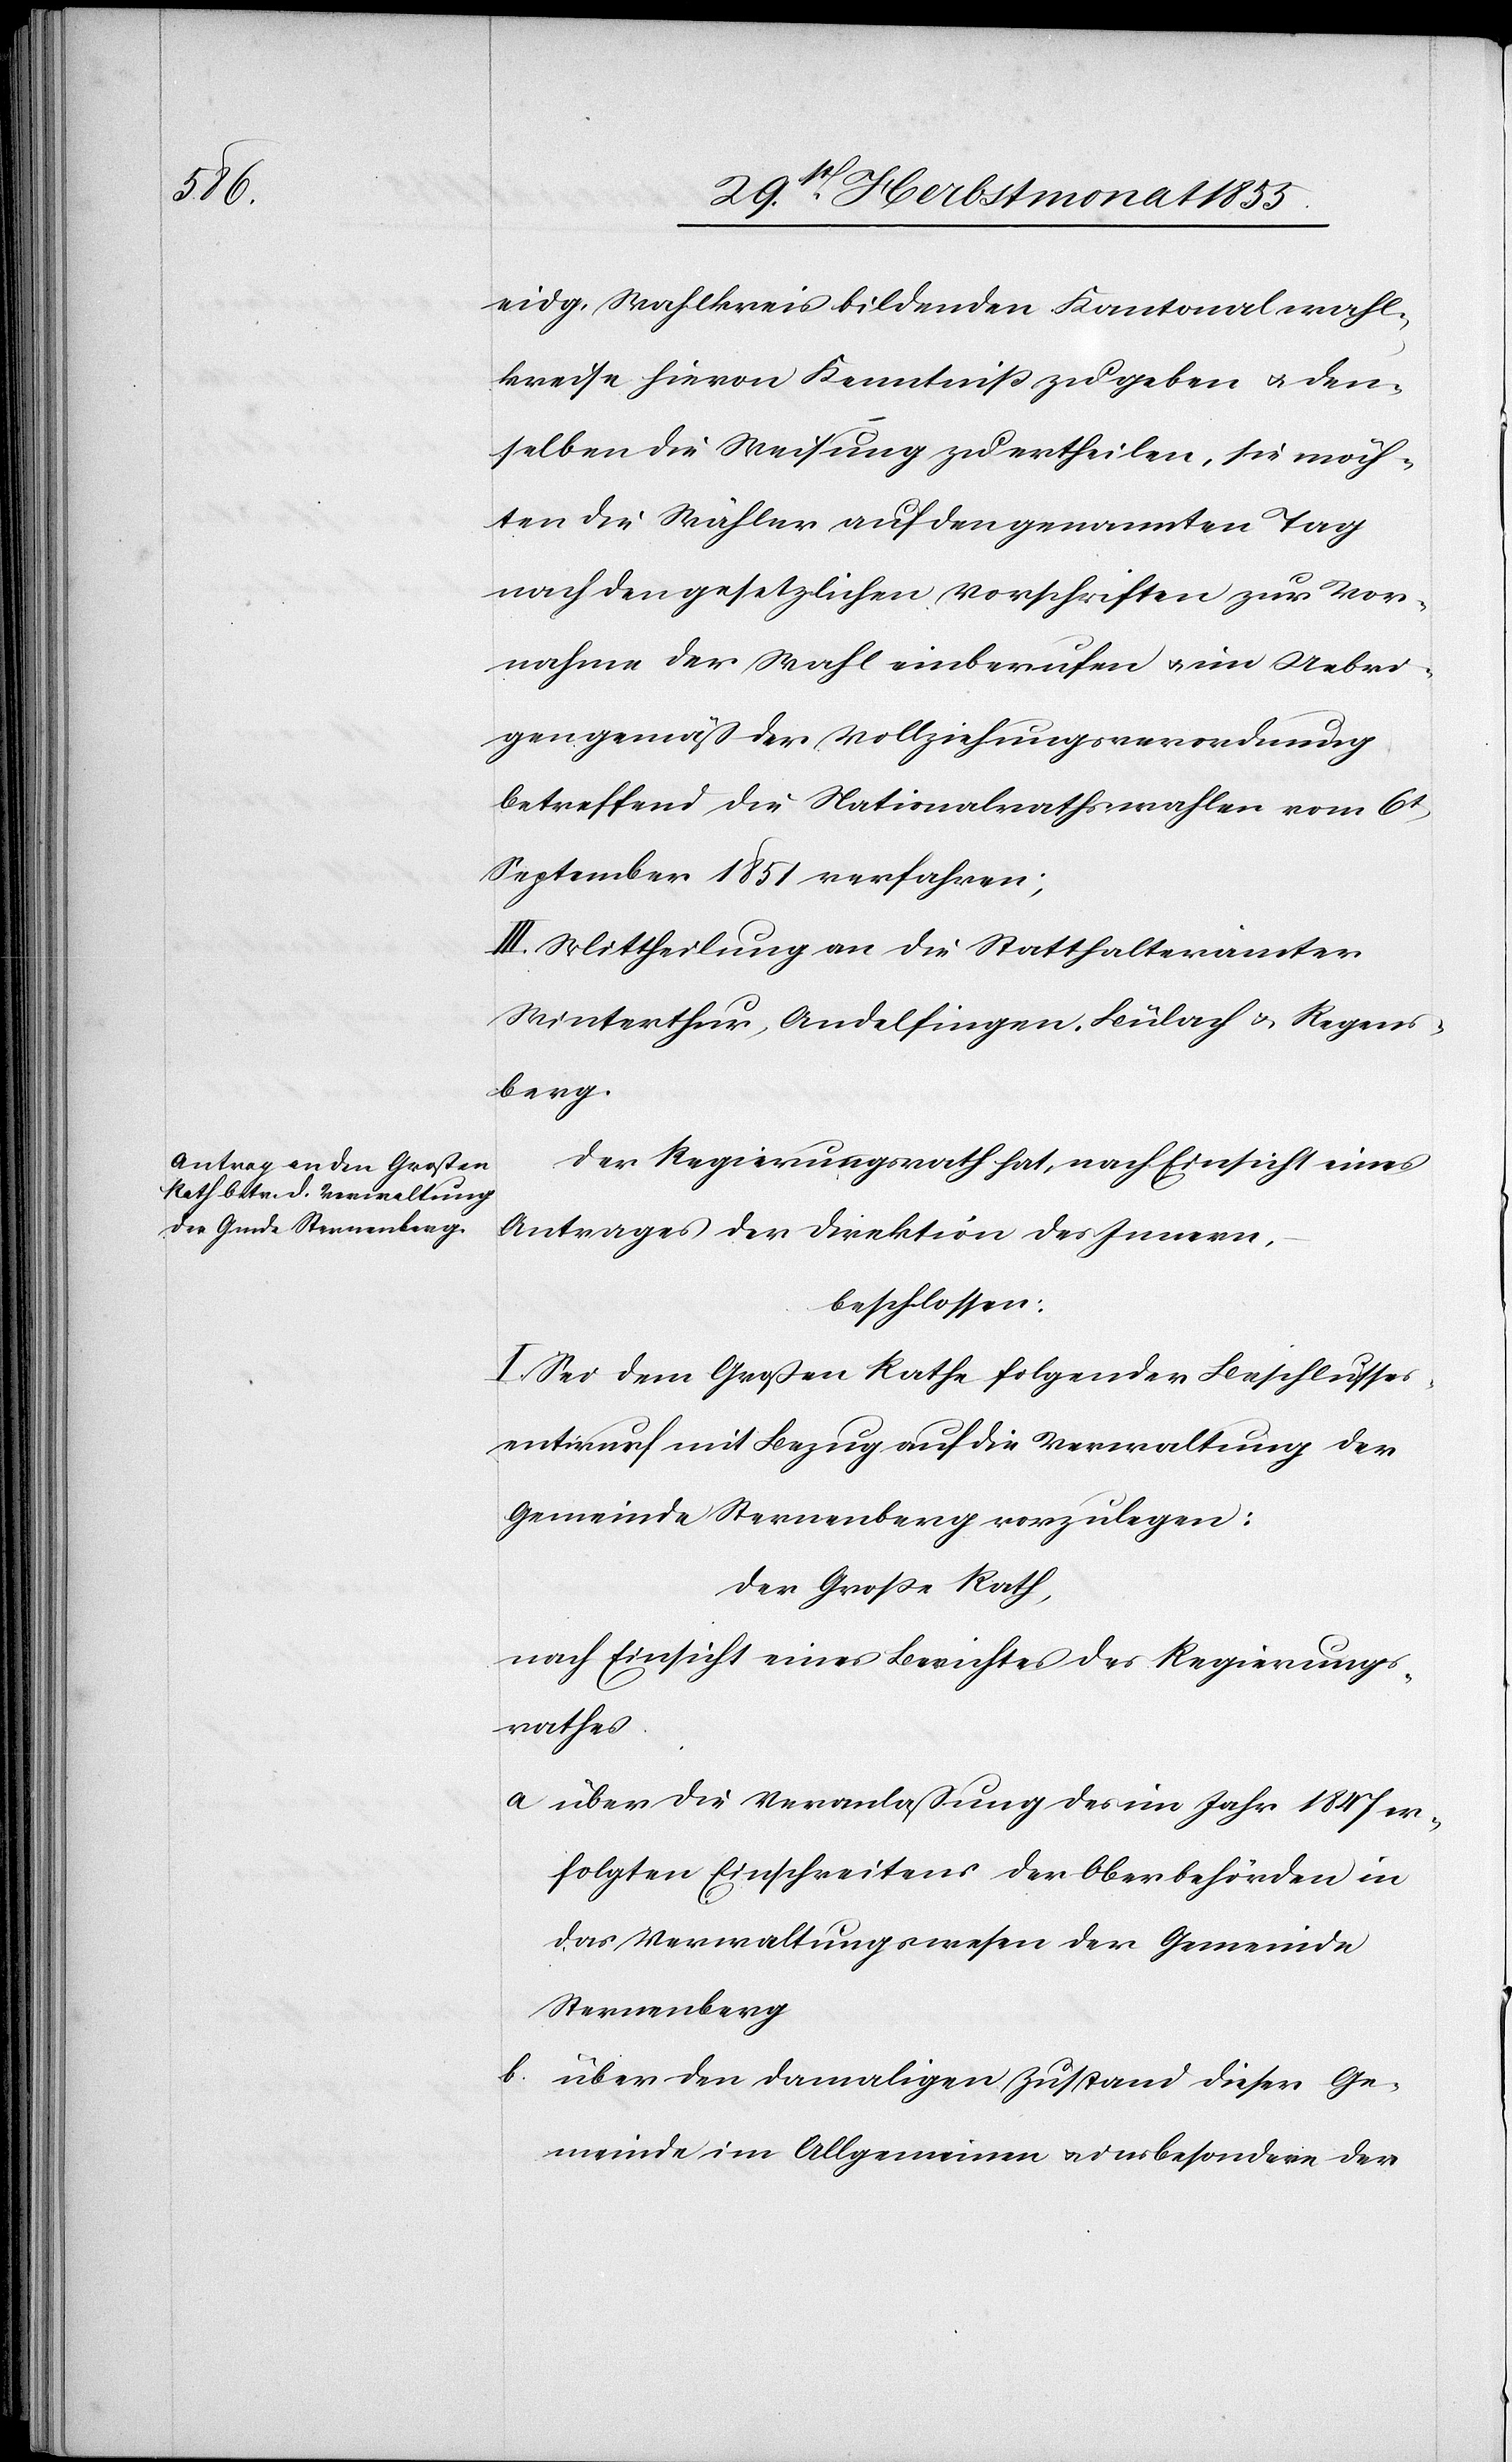
eidg. Wahlkreis bildenden Kantonalwahl¬
kreise hievon Kenntniß zu geben & den¬
selben die Weisung zu ertheilen, sie möch¬
ten die Wähler auf den genannten Tag
nach den gesetzlichen Vorschriften zur Vor¬
nahme der Wahl einberufen & im Uebri¬
gen gemäß der Vollziehungsverordnung
betreffend die Nationalrathswahlen vom 6t
September 1851 verfahren;
III. Mittheilung an die Statthalterämter
Winterthur, Andelfingen, Bülach & Regens¬
berg.
Der Regierungsrath hat, nach Einsicht eines
Antrages der Direktion des Innern,
beschlossen:
I. Sei dem Großen Rathe folgender Beschlusses¬
entwurf mit Bezug auf die Verwaltung der
Gemeinde Sternenberg vorzulegen:
Der Große Rath,
nach Einsicht eines Berichtes des Regierungs¬
rathes
über die Veranlaßung des im Jahr 1847 er¬
folgten Einschreitens der Oberbehörden in
das Verwaltungswesen der Gemeinde
Sternenberg
über den damaligen Zustand dieser Ge¬
meinde im Allgemeinen & insbesondere der